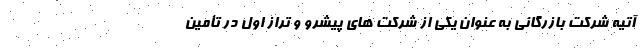
آتیه شرکت بازرگانی به عنوان یکی از شرکت های پیشرو و تراز اول در تأمین